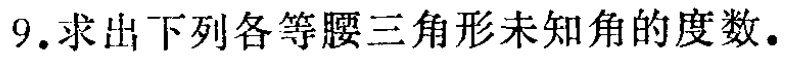
9.求出下列各等腰三角形未知角的度数.